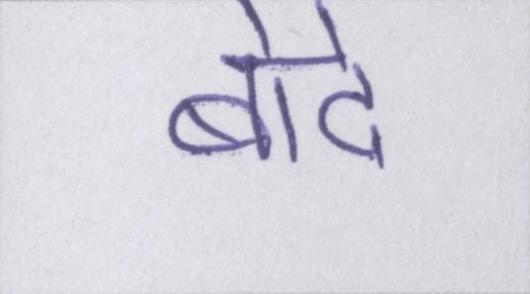
बोदे